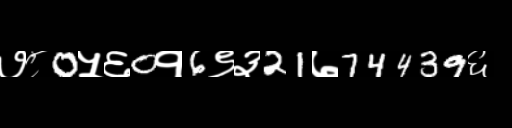
Text: ७८0५६0१6९३21७74439६